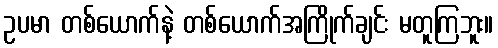
ဥပမာ တစ်ယောက်နဲ့ တစ်ယောက်အကြိုက်ချင်း မတူကြဘူး။